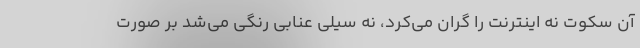
آن سکوت نه اینترنت را گران می‌کرد، نه سیلی عنابی رنگی می‌شد بر صورت